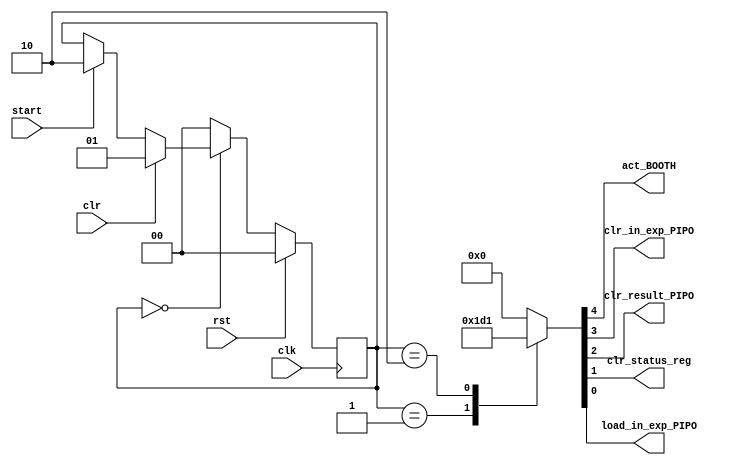
`timescale 1ns / 1ps
//////////////////////////////////////////////////////////////////////////////////
// Company: open-source
//
// Design Name: controller for processing element
// Module Name: ProcessingElement_CONTROLLER
// Project Name: Systolic Array
// Target Devices: SPARTAN-3
// Tool Versions: 2020.2
// Description: Processing Element Controller to generate the control signal
//              for the Processign Element Datapath. A simple FSM is
//              implemented here.
//
// Dependencies:
//
// Revision:
// Revision 0.01 - File Created
// Additional Comments:
//
//////////////////////////////////////////////////////////////////////////////////


module ProcessingElement_CONTROLLER(

    // signal to activate the BOOTH MUL
    output reg act_BOOTH,

    // clear signal for various registers
    output reg clr_in_exp_PIPO,
    output reg clr_result_PIPO,
    output reg clr_status_reg,

    // signal to load the value to sign and exponent registers
    output reg load_in_exp_PIPO,

    // controller for processign element gets acitvated by the start signal
    input wire start,

    input wire rst,     // to reset the controller to idle state.
    input wire clr,
    input wire clk
    );

    reg [1:0] pr_state, nxt_state;
    parameter   idle=   2'b00,
                clear=  2'b01,
                actv=   2'b10;

    //clock triggers the transition
    always @(posedge clk) begin
        if(rst==1) pr_state<= idle;
        else pr_state<= nxt_state;
    end

    //input determines the transition
    always @(pr_state or start or clr) begin

        case(pr_state)
        //all the control signals are low
        //waiting for activation
        idle: begin
            if(clr==1) nxt_state<= clear;
            else if(start==1) nxt_state<= actv;
            else nxt_state<= pr_state;
        end

        // after clearing the registers go to idle state
        clear: nxt_state<= idle;

        // after activating the required signals go to idle state
        actv: nxt_state<= idle;

        default: nxt_state<= idle;
        endcase
    end

    always @(pr_state) begin
        case (pr_state)

        idle: {
            act_BOOTH,
            clr_in_exp_PIPO,
            clr_result_PIPO,
            clr_status_reg,
            load_in_exp_PIPO
        }= 5'b00000;

        clear: {
            act_BOOTH,
            clr_in_exp_PIPO,
            clr_result_PIPO,
            clr_status_reg,
            load_in_exp_PIPO
        }= 5'b01110;

        //-> state to activate the BOOTH MUL and load the value to
        //-> sign and exponent registers.
        actv: {
            act_BOOTH,
            clr_in_exp_PIPO,
            clr_result_PIPO,
            clr_status_reg,
            load_in_exp_PIPO
        }= 5'b10001;

        default: {
            act_BOOTH,
            clr_in_exp_PIPO,
            clr_result_PIPO,
            clr_status_reg,
            load_in_exp_PIPO
        }= 5'b00000;
        endcase
    end

endmodule